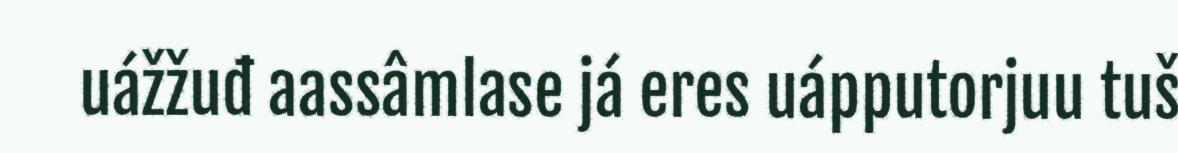
uážžuđ aassâmlase já eres uápputorjuu tuš